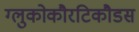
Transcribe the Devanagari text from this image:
ग्लुकोकौरटिकौडस